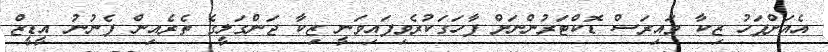
އެއަށްފަހު ޒިކާ ވައިރަސް ޑޮކްޓަރުންނަށް ފާހަގަކުރެވިފައިވަނީ ޒިކާ ޖަންގަލީގެ ތެރެއިން ފެނުނު އީޑީޒް